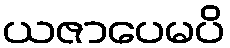
ယဇာပေမပိ